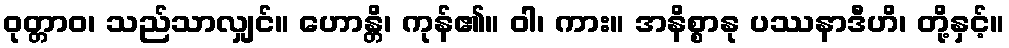
ဝုတ္တာဝ၊ သည်သာလျှင်။ ဟောန္တိ၊ ကုန်၏။ ဝါ၊ ကား။ အနိစ္စာနု ပဿနာဒီဟိ၊ တို့နှင့်။